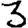
Digit: 3